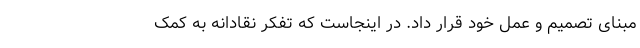
مبنای تصمیم و عمل خود قرار داد. در اینجاست که تفکر نقادانه به کمک